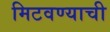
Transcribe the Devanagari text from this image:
मिटवण्याची